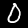
Label: 0